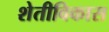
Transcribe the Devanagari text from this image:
शेतीविकास